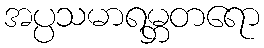
အပ္ပသမာရမ္ဘတရော